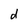
Character: d